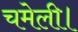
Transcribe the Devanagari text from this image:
चमेली।